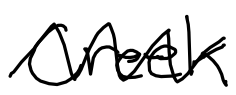
Text: Creek
Cross-out: zig-zag
Writing tool: digital_black